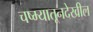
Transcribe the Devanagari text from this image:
चष्म्यातूनदेखील